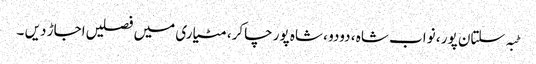
ٹبہ سلتان پور ، نواب شاہ ، دودو ، شاہ پور چاکر، مٹیاری میں فصلیں اجاڑ دیں ۔